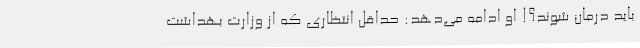
باید درمان شوند؟! او ادامه می‌دهد: حداقل انتظاری که از وزارت بهداشت